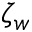
\zeta _ { w }